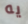
يه